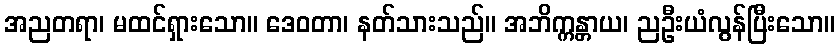
အညတရာ၊ မထင်ရှားသော။ ဒေဝတာ၊ နတ်သားသည်။ အဘိက္ကန္တာယ၊ ညဦးယံလွန်ပြီးသော။